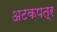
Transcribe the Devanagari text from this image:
अटकपत्र